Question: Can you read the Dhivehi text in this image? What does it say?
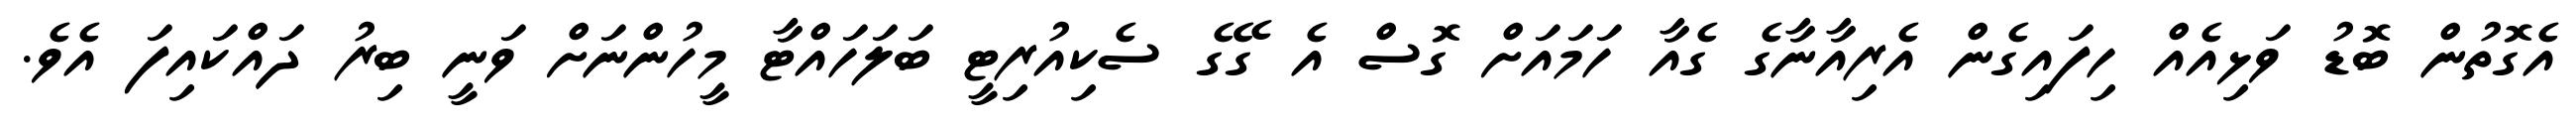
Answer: އެގޮތުން ބޮޑު ވަޅިއެއް ހިފައިގެން އެރިއާނާގެ ގެއާ ހަމައަށް ގޮސް އެ ގޭގެ ސެކިއުރިޓީ ބަލަހައްޓާ މީހުންނަށް ވަނީ ބިރު ދައްކައިފަ އެވެ.